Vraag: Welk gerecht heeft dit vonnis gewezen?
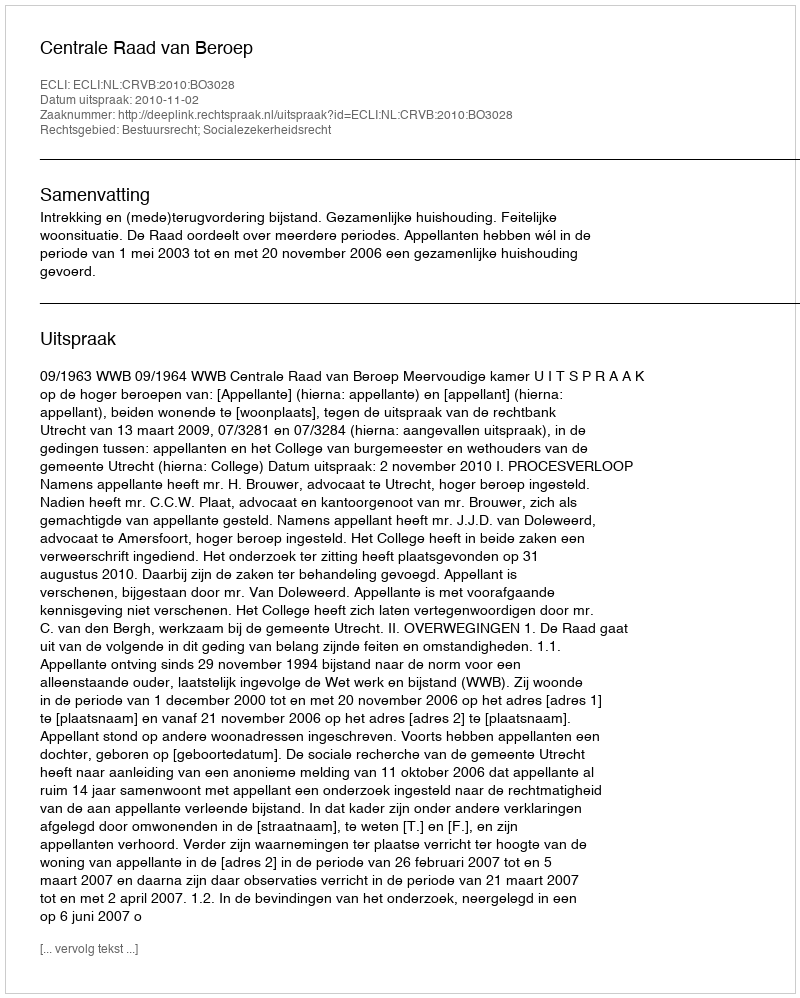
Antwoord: Centrale Raad van Beroep